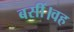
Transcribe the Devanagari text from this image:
बसीं।वह